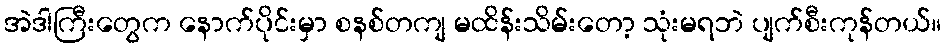
အဲဒါကြီးတွေက နောက်ပိုင်းမှာ စနစ်တကျ မထိန်းသိမ်းတော့ သုံးမရဘဲ ပျက်စီးကုန်တယ်။